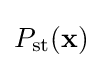
P_{\text{st}}(\mathbf {x} )